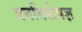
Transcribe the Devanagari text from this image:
वनविशेषज्ञ